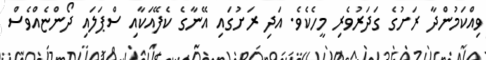
ވިއްކަމުންދާ ރަށުގެ ގަދަރުވެރި މީހެކެވެ. އަދި ރަށުގައި އޭނާގެ ކެފޭއަކާއި ސްޕަލައި ދޯންޏެއްވެސް